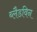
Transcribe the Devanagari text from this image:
ब्लैडविन